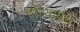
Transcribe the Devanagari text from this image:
दरियापंथ